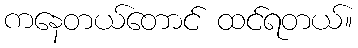
ကနေတယ်တောင် ထင်ရတယ်။